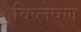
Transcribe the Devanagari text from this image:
विष्‍लेषण